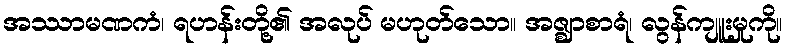
အဿာမဏကံ၊ ရဟန်းတို့၏ အလုပ် မဟုတ်သော။ အဇ္ဈာစာရံ၊ လွန်ကျူးမှုကို။